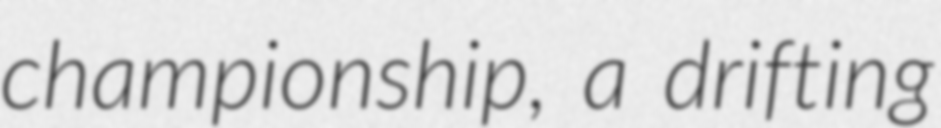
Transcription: championship, a drifting